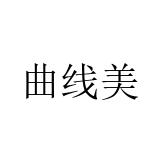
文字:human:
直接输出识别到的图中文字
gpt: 曲线美